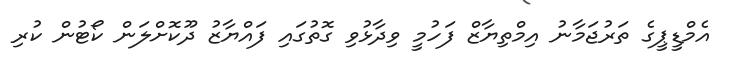
އެމްޑީޕީގެ ތަރުޖަމާނު އިމްތިޔާޒް ފަހުމީ ވިދާޅުވި ގޮތުގައި ފައްޔާޒު ދޫކޮށްލަން ކޯޓުން ކުރި